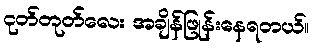
ငုတ်တုတ်လေး အချိန်ဖြုန်းနေရတယ်။